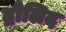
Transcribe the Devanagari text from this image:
द्रोलिद